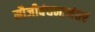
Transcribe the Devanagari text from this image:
मौजीबंधनानंतर